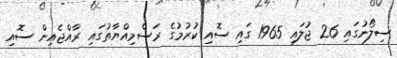
ސިލޯނުގައި 26 ޖުލައި 1965 ގައި ސޮއި ކުރުމުގެ ރަސްމިއްޔާތުގައި ރާއްޖެއިން ސޮއި